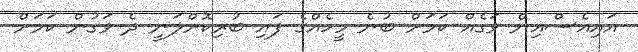
އައިއެސްއިން ވަގެއް ކަމަށް ބުނެ މީހެއްގެ ފައި ބުރިކޮށްލަނީ ދެ ވަގުން ކަމަށް